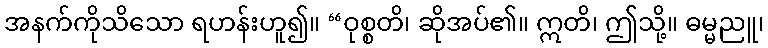
အနက်ကိုသိသော ရဟန်းဟူ၍။ “ဝုစ္စတိ၊ ဆိုအပ်၏။ ဣတိ၊ ဤသို့။ ဓမ္မညူ၊